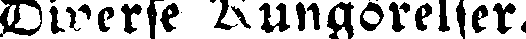
Diverse Kungörelser.